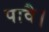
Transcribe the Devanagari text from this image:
पावै।